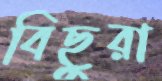
বিছুরা